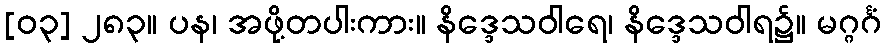
[၀၃] ၂၈၃။ ပန၊ အဖို့တပါးကား။ နိဒ္ဒေသဝါရေ၊ နိဒ္ဒေသဝါရ၌။ မဂ္ဂင်္ဂံ